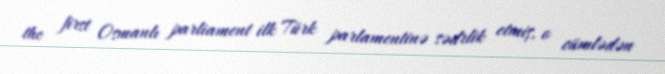
the first Osmanlı parliament ilk Türk parlamentinə sədrlik etmiş, o cümlədən